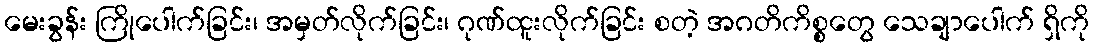
မေးခွန်း ကြိုပေါက်ခြင်း၊ အမှတ်လိုက်ခြင်း၊ ဂုဏ်ထူးလိုက်ခြင်း စတဲ့ အဂတိကိစ္စတွေ သေချာပေါက် ရှိကို